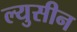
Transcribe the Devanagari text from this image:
ल्युसीन